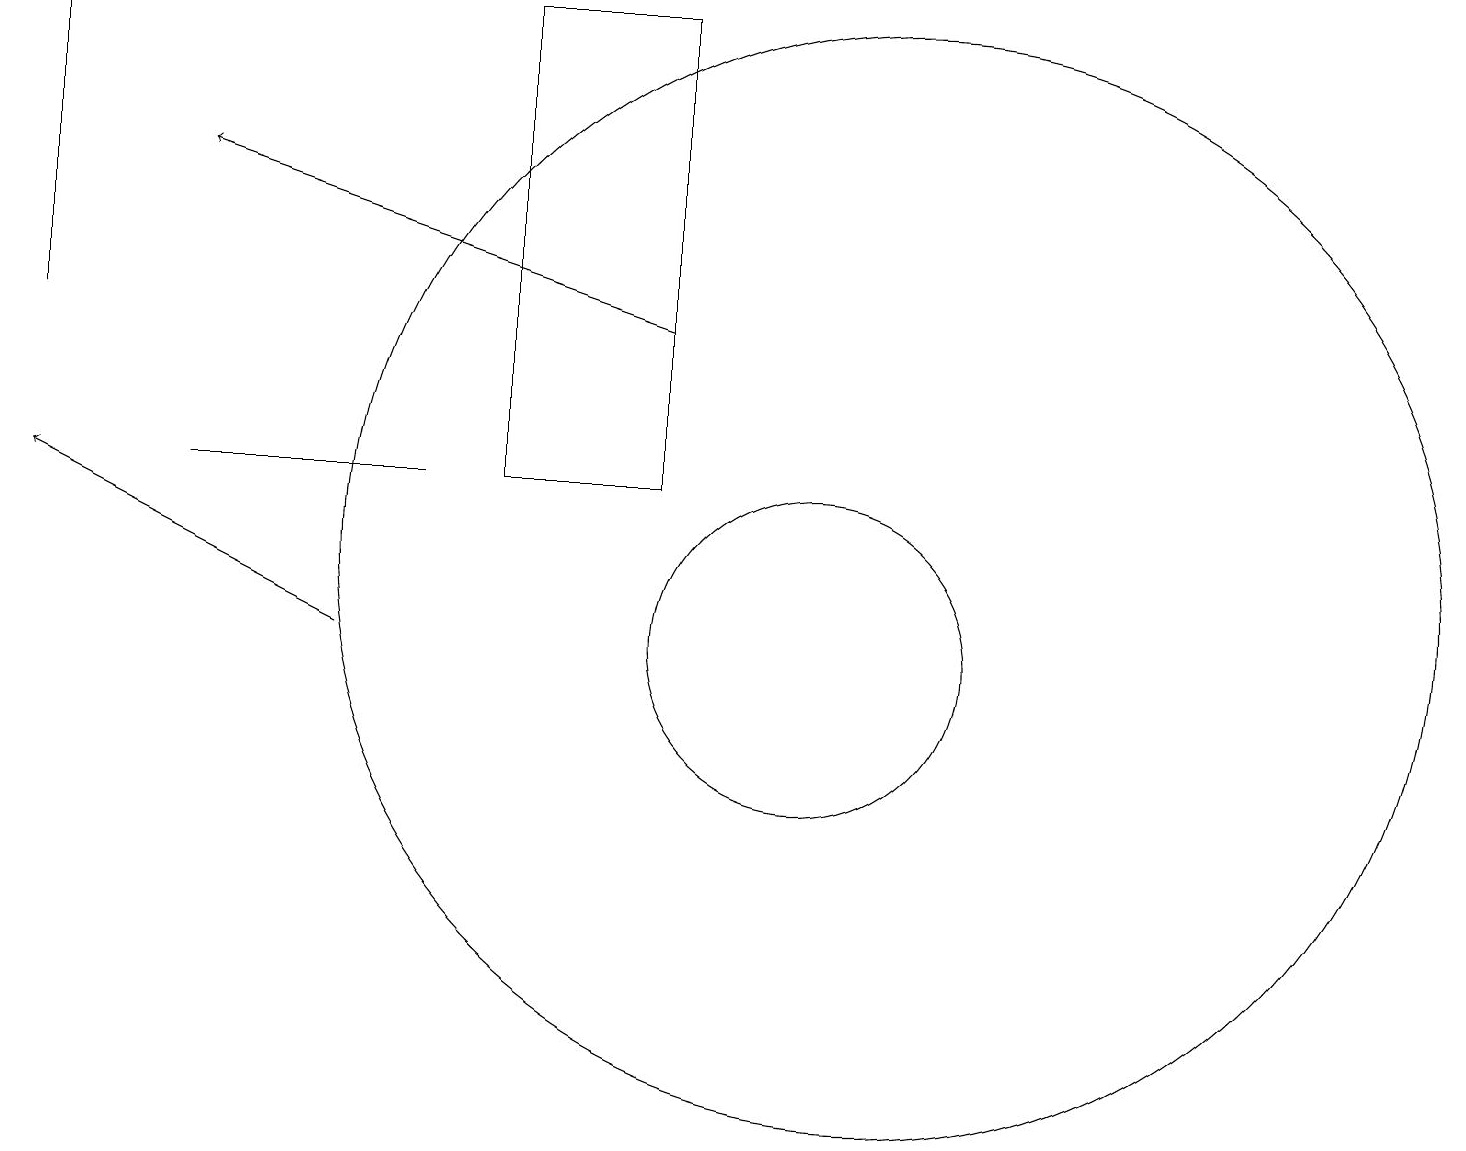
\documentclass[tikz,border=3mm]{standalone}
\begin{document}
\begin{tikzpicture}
\draw (7,12) rectangle (9,18);
\draw (12,11) circle (7);
\draw (10,10) circle (0);
\draw (11,10) circle (2);
\draw[->] (5,10) -- (1,12);
\draw[->] (9,14) -- (3,16);
\draw (3,12) rectangle (6,12);
\draw (1,14) rectangle (1,18);
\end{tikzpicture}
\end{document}